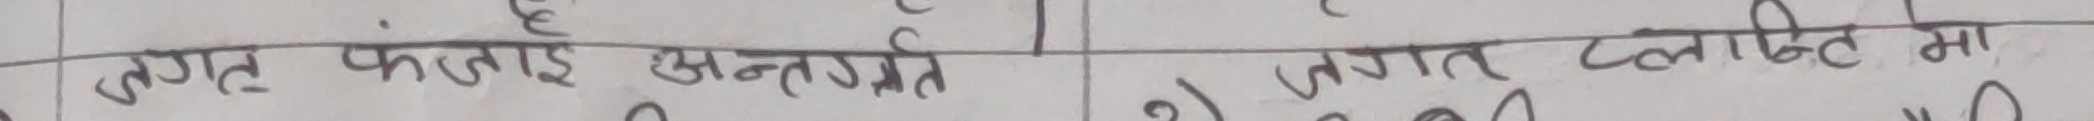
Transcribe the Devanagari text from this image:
जगत फूताइ सन्तोष २) जगत टलाहित मा